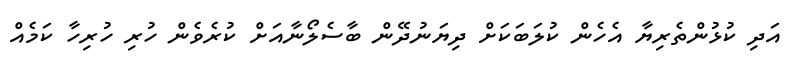
އަދި ކުޅުންތެރިޔާ އެހެން ކުލަބަކަށް ދިޔަނުދޭން ބާސެލޯނާއަށް ކުރެވެން ހުރި ހުރިހާ ކަމެއް